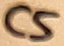
Text: C5